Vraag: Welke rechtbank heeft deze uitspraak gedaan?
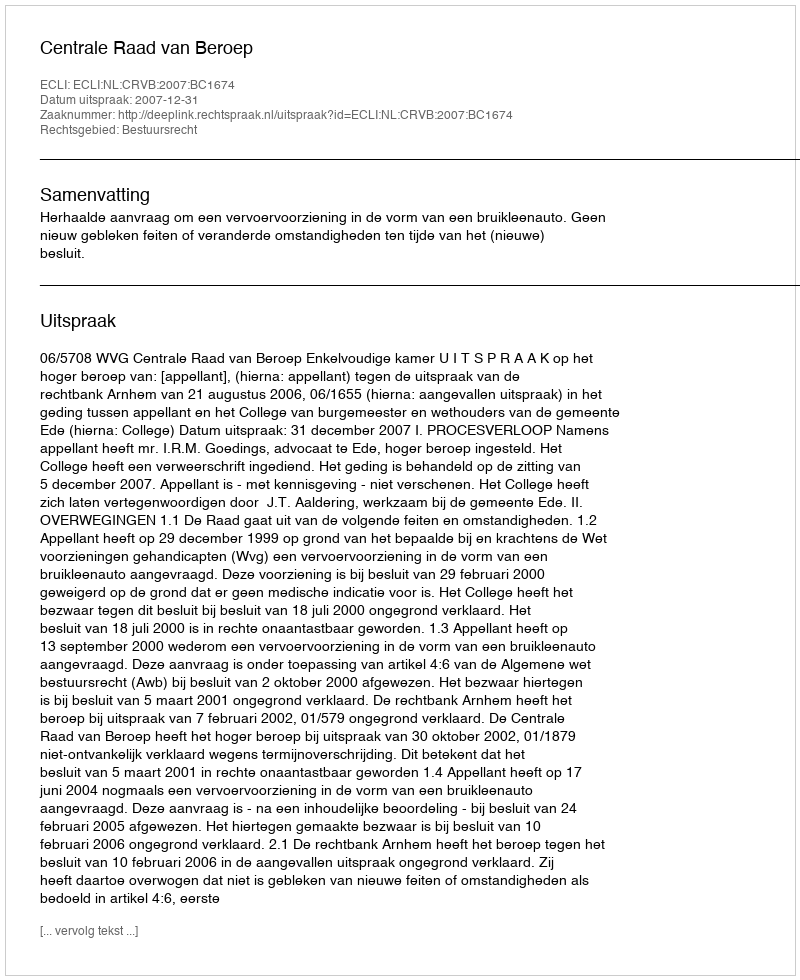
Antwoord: Centrale Raad van Beroep